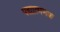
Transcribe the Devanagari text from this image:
पद्यात्मभक